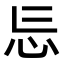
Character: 𭜎